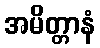
အမိတ္တာနံ